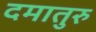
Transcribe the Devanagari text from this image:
दमातुरु